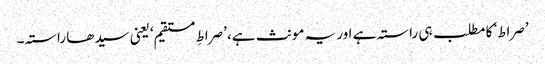
’صراط‘ کا مطلب ہی راستہ ہے اور یہ مونث ہے، ’صراطِ مستقیم‘ یعنی سیدھا راستہ۔